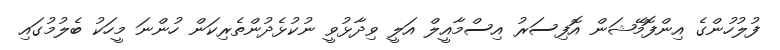
ފުލުހުންގެ އިންފޮމޭޝަން އޮފިސަރު އިސްމާއީލް އަލީ ވިދާޅުވީ ނުކުޅެދުންތެރިކަން ހުންނަ މީހަކު ބެލުމުގައި